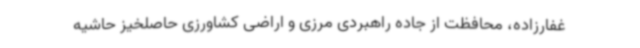
غفارزاده، محافظت از جاده راهبردی مرزی و اراضی کشاورزی حاصلخیز حاشیه